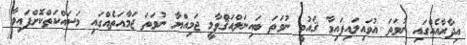
އިދާރާއެއްގައި ނުވަތަ އުވައިލައިފައިވާ ޤައުމީ ނުވަތަ ބައިނަލްއަޤްވާމީ ޖަމިއްޔާ ނުވަތަ ޖަމާއަތެއްގައި މަސައްކަތްކޮށްފައިވާ